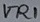
Text: VR1